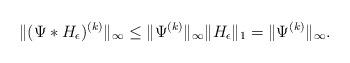
LaTeX: \begin{align*}\|(\Psi\ast H_\epsilon)^{(k)}\|_\infty\leq \|\Psi^{(k)}\|_\infty\|H_\epsilon\|_1=\|\Psi^{(k)}\|_\infty.\end{align*}